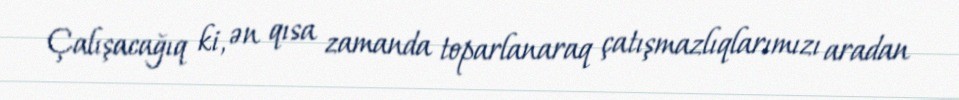
Çalışacağıq ki, ən qısa zamanda toparlanaraq çatışmazlıqlarımızı aradan